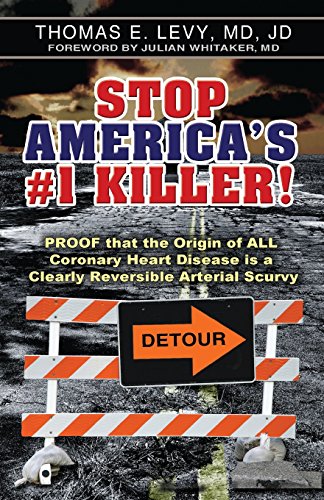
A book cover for Stop America's #1 Killer; MD JD Levy; Health, Fitness & Dieting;